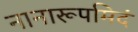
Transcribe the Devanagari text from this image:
नानारूपमिदं